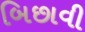
બિછાવી